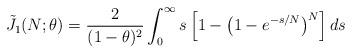
LaTeX: \begin{align*}\tilde{J}_1(N; \theta) = \frac{2}{(1 - \theta)^2} \int_0^{\infty} s \left[1 - \left(1 - e^{- s / N} \right)^N\right] ds\end{align*}